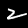
Label: 2